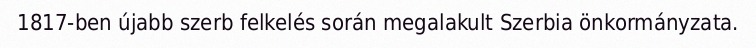
1817-ben újabb szerb felkelés során megalakult Szerbia önkormányzata.